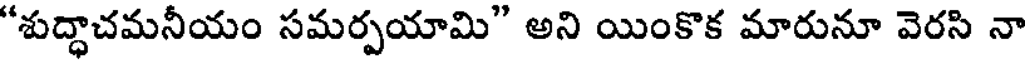
"శుద్ధాచమనీయం సమర్పయామి" అని యింకొక మారునూ వెరసి నా